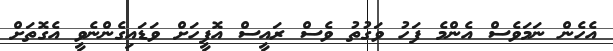
އެހެން ނަމަވެސް އެންމެ ފަހު ވަގުތު ވެސް ރައީސް އޮފީހަށް ވަޑައިގެންނެވީ އެގޮތަށް